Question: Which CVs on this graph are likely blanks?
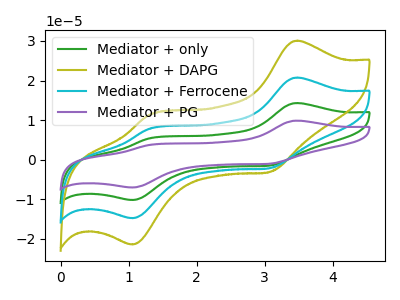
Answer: <think>The green curve "Mediator + only" has anodic peaks at (3.45V, 41.50uA) (1.30V, 15.55uA) and cathodic peaks at (3.10V, -4.30uA) (1.05V, -29.60uA). The olive curve "Mediator + DAPG" has anodic peaks at (3.45V, 30.10uA) (1.30V, 11.25uA) and cathodic peaks at (3.10V, -3.10uA) (1.05V, -21.45uA). The cyan curve "Mediator + Ferrocene" has anodic peaks at (3.45V, 20.75uA) (1.30V, 7.75uA) and cathodic peaks at (3.10V, -2.15uA) (1.05V, -14.80uA). The purple curve "Mediator + PG" has anodic peaks at (3.45V, 62.25uA) (1.30V, 23.30uA) and cathodic peaks at (3.10V, -6.45uA) (1.05V, -44.40uA).</think>
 <answer>There are not any CV's on this graph that are likely to be blanks.</answer>
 <eval>none</eval>